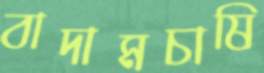
বাদামচাষি